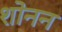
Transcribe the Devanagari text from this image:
शोनन